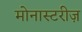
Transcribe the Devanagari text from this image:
मोनास्टरीज़